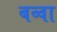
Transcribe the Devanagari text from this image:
बव्वा